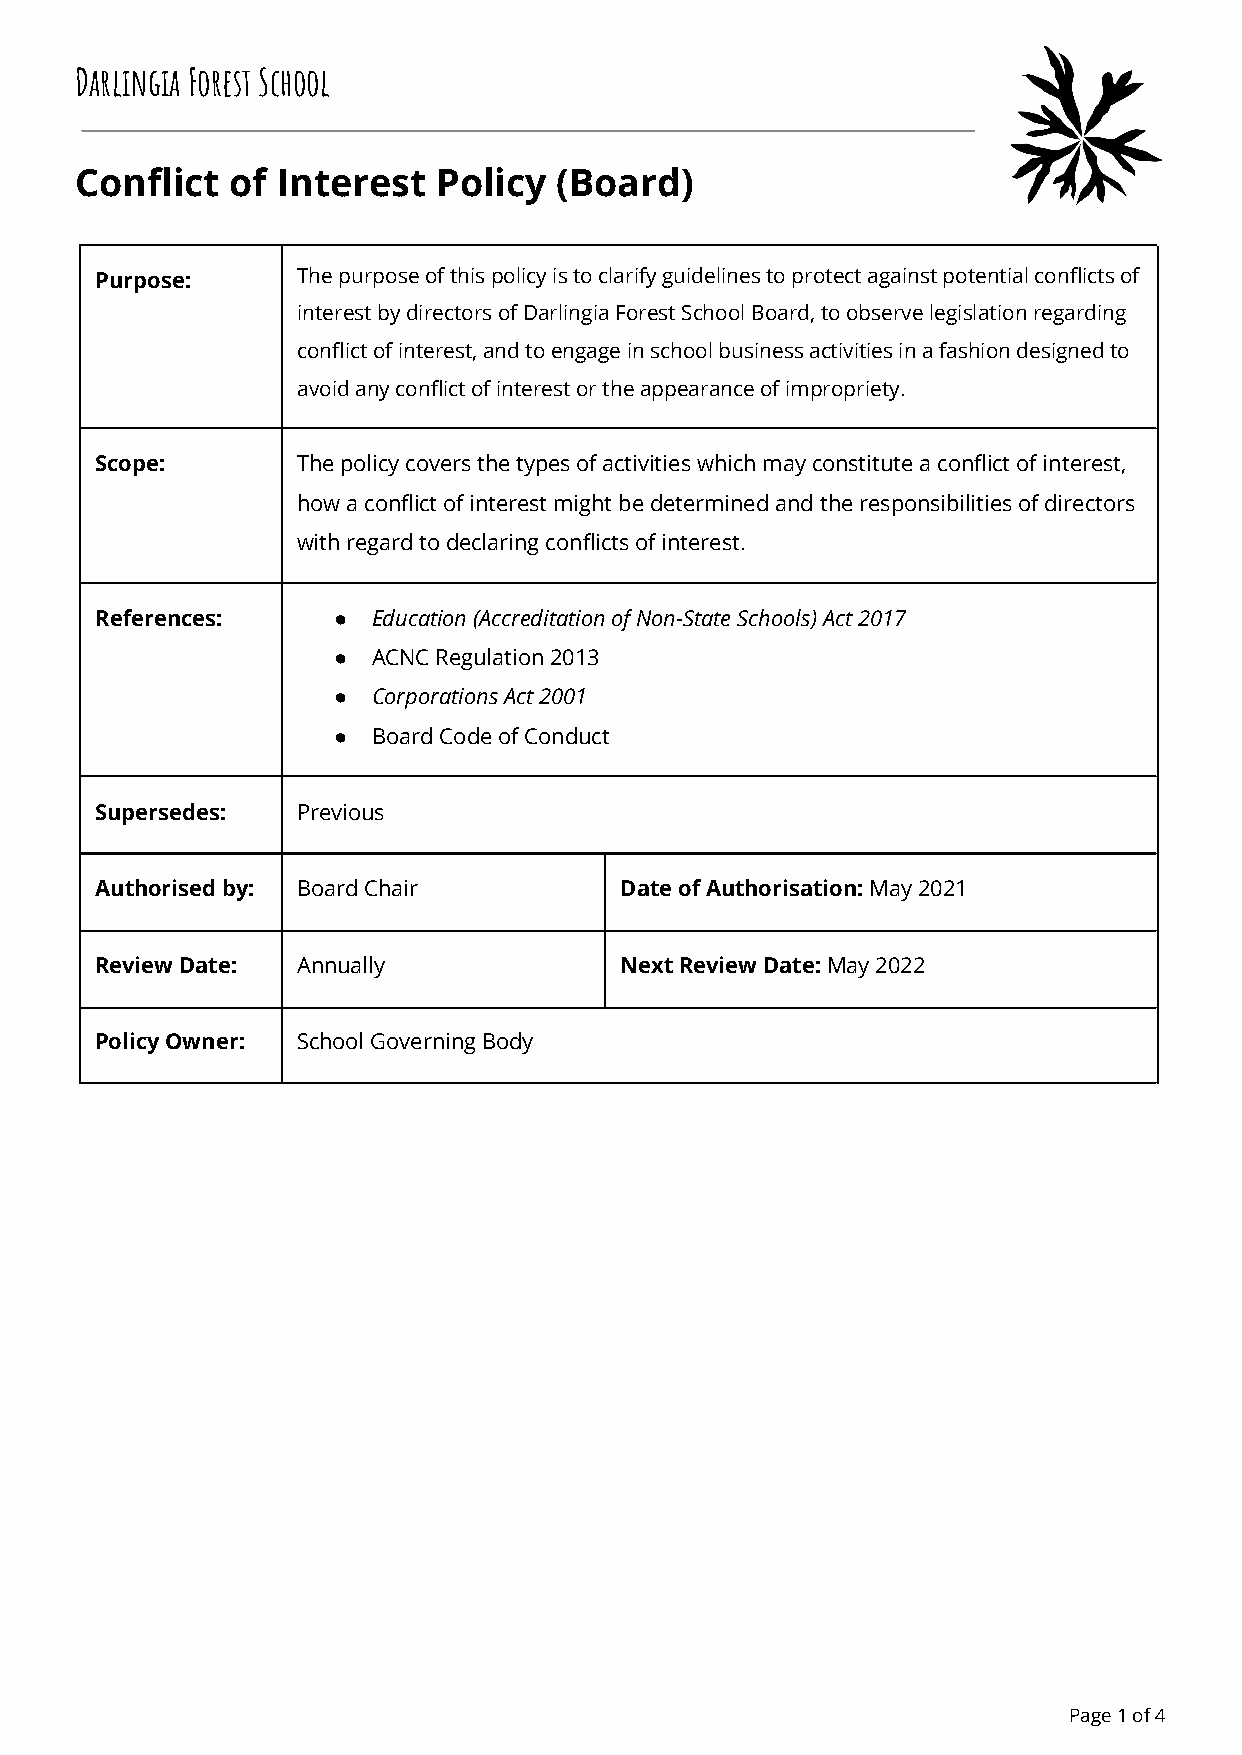
Darlingia Forest School
 Conflict  of Interest   Policy  (Board)
 Purpose:      The purpose of this policy is to clarify guidelinesto protect against potential conflicts of
 interest by directors of Darlingia Forest School Board,to observe legislation regarding
 conflict of interest, and to engage in school businessactivities in a fashion designed to
 avoid any conflict of interest or the appearance ofimpropriety.
 Scope:        The policy covers the types of activities which mayconstitute a conflict of interest,
 how a conflict of interest might be determined andthe responsibilities of directors
 with regard to declaring conflicts of interest.
 References:     ●  Education (Accreditation of Non-State Schools) Act2017
 ●  ACNC Regulation 2013
 ●  Corporations Act 2001
 ●  Board Code of Conduct
 Supersedes:   Previous
 Authorised by: Board Chair         Date of Authorisation:May 2021
 Review Date:  Annually             Next Review Date:May 2022
 Policy Owner: School Governing Body
 Page1of4